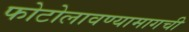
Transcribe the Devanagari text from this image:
फोटोलावण्यामागची